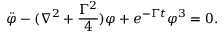
\ddot { \varphi } - ( \nabla ^ { 2 } + \frac { \Gamma ^ { 2 } } { 4 } ) \varphi + e ^ { - \Gamma t } \varphi ^ { 3 } = 0 .